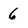
Character: 6